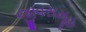
જીવસમૂહ